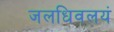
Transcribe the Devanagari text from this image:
जलधिवलयं